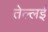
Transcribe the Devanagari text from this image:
तेल्लई